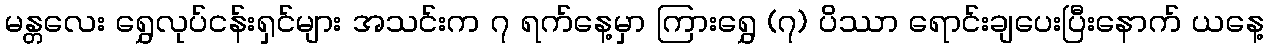
မန္တလေး ရွှေလုပ်ငန်းရှင်များ အသင်းက ၇ ရက်နေ့မှာ ကြားရွှေ (၇) ပိဿာ ရောင်းချပေးပြီးနောက် ယနေ့